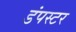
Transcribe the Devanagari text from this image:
डंपस्टर